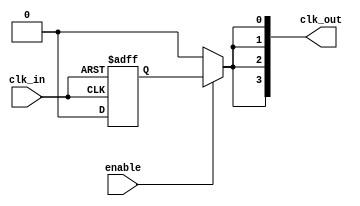
module high_fanout_clock_buffer (
    input wire clk_in,          // Incoming clock signal
    input wire enable,          // Enable signal for the clock buffer
    output wire [N-1:0] clk_out // Array of outputs for fanout
);
    parameter N = 4;            // Number of outputs
    parameter DELAY = 2;        // Propagation delay in simulation units (adjust as needed)
    
    wire clk_buffered;          // Buffered clock signal

    // Input Buffer with Schmitt Trigger characteristics
    reg clk_stable;
    always @(posedge clk_in or negedge clk_in) begin
        // Simple Schmitt Trigger-like behavior for noise immunity
        if (clk_in) begin
            clk_stable <= 1'b1;
        end else begin
            clk_stable <= 1'b0;
        end
    end

    // Fanout Driver Stage
    generate
        genvar i;
        for (i = 0; i < N; i = i + 1) begin: fanout_stage
            // Output Buffer with adjustable drive strength (simple inverter for demonstration)
            assign clk_out[i] = enable ? clk_stable : 1'b0; // Output driven based on enable signal
        end
    endgenerate

    // Propagation delay simulation
    assign clk_buffered = clk_stable; // Intermediate buffered signal
    always @(clk_buffered) begin
        #DELAY; // Introduce delay for propagation
    end

endmodule